Insane asylums in Bengal annual reports 1867-1875 - 1867-1875
Year: 1867
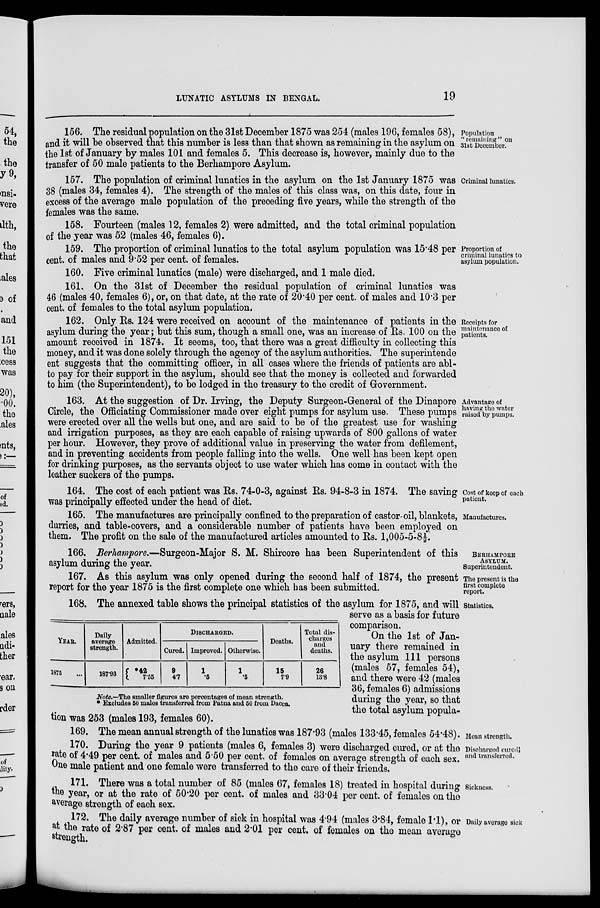
LUNATIC ASYLUMS IN BENGAL.
19
Population
"remaining" on
31st December.
156. The residual population on the 31st December 1875 was 254 (males 196, females 58),
and it will be observed that this number is less than that shown as remaining in the asylum on
the 1st of January by males 101 and females 5. This decrease is, however, mainly due to the
transfer of 50 male patients to the Berhampore Asylum.
Criminal lunatics.
157. The population of criminal lunatics in the asylum on the 1st January 1875 was
38 (males 34, females 4). The strength of the males of this class was, on this date, four in
excess of the average male population of the preceding five years, while the strength of the
females was the same.
158. Fourteen (males 12, females 2) were admitted, and the total criminal population
of the year was 52 (males 46, females 6).
Proportion of
criminal lunatics to
asylum population.
159. The proportion of criminal lunatics to the total asylum population was 15.48 per
cent. of males and 9.52 per cent. of females.
160. Five criminal lunatics (male) were discharged, and 1 male died.
161. On the 31st of December the residual population of criminal lunatics was
46 (males 40, females 6), or, on that date, at the rate of 20.40 per cent. of males and 10.3 per
cent. of females to the total asylum population.
Receipts for
maintenance of
patients.
162. Only Rs. 124 were received on account of the maintenance of patients in the
asylum during the year; but this sum, though a small one, was an increase of Rs. 100 on the
amount received in 1874. It seems, too, that there was a great difficulty in collecting this
money, and it was done solely through the agency of the asylum authorities. The superintende
ent suggests that the committing officer, in all cases where the friends of patients are abl-
to pay for their support in the asylum, should see that the money is collected and forwarded
to him (the Superintendent), to be lodged in the treasury to the credit of Government.
Advantage of
having the water
raised by pumps.
163. At the suggestion of Dr. Irving, the Deputy Surgeon-General of the Dinapore
Circle, the Officiating Commissioner made over eight pumps for asylum use. These pumps
were erected over all the wells but one, and are said to be of the greatest use for washing
and irrigation purposes, as they are each capable of raising upwards of 800 gallons of water
per hour. However, they prove of additional value in preserving the water from defilement,
and in preventing accidents from people falling into the wells. One well has been kept open
for drinking purposes, as the servants object to use water which has come in contact with the
leather suckers of the pumps.
Cost of keep of each
patient.
164. The cost of each patient was Rs. 74-0-3, against Rs. 94-8-3 in 1874. The saving
was principally effected under the head of diet.
Manufactures.
165. The manufactures are principally confined to the preparation of castor-oil, blankets,
durries, and table-covers, and a considerable number of patients have been employed on
them. The profit on the sale of the manufactured articles amounted to Rs. 1,005-5-8½.
BERHAMPORE
ASYLUM.
Superintendent.
166. Berhampore.—Surgeon-Major S. M. Shircore has been Superintendent of this
asylum during the year.
The present is the
first complete
report.
167. As this asylum was only opened during the second half of 1874, the present
report for the year 1875 is the first complete one which has been submitted.
Statistics.
YEAR.
1875 ...
Daily
average
strength.
187.93
Admitted.
*42
7.55
DISCHARGED.
Cured.
9
4.7
Improved.
1
.5
Otherwise.
1
.5
Deaths.
15
7.9
Total dis-
charges
and
deaths.
26
13.8
Note.—the smaller figures are percentages of mean strength.
* Excludes 50 males transferred from Patna and 50 from Dacca.
168. The annexed table shows the principal statistics of the asylum for 1875, and will
serve as a basis for future
comparison.
On the 1st of Jan-
uary there remained in
the asylum 111 persons
(males 57, females 54),
and there were 42 (males
36, females 6) admissions
during the year, so that
the total asylum popula-
tion was 253 (males 193, females 60).
Moan strength.
169. The mean annual strength of the lunatics was 187.93 (males 133.45, females 54.48).
Discharged cured
and transferred.
170. During the year 9 patients (males 6, females 3) were discharged cured, or at the
rate of 4.49 per cent. of males and 5.50 per cent. of females on average strength of each sex.
One male patient and one female were transferred to the care of their friends.
Sickness.
171. There was a total number of 85 (males 67, females 18) treated in hospital during
the year, or at the rate of 50.20 per cent. of males and 33.04 per cent. of females on the
average strength of each sex.
Daily average sick
172. The daily average number of sick in hospital was 4.94 (males 3.84, female 1.1), or
at the rate of 2.87 per cent. of males and 2.01 per cent. of females on the mean average
strength.